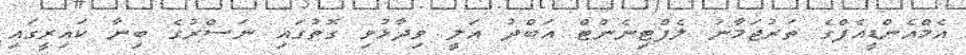
އެމްއެންޑީއެފްގެ ތަރުޖަމާނު ލެފްޓިނެންޓް އަބްދު އަލީ ވިދާޅުވި ގޮތުގައި ނަސްރުގެ ބިނާ ކައިރީގައި